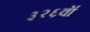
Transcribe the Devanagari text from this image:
३२६वॉ